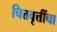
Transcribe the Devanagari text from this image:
चित्तवृत्तींचा